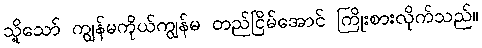
သို့သော် ကျွန်မကိုယ်ကျွန်မ တည်ငြိမ်အောင် ကြိုးစားလိုက်သည်။